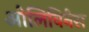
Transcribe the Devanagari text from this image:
ओलिविनेस